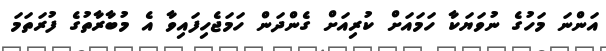
އަންނަ މަހުގެ ނުވަޔަކާ ހަމައަށް ކުރިއަށް ގެންދަން ހަމަޖެހިފައިވާ އެ މުބާރާތުގެ ފުރަތަމަ